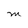
Character: M